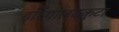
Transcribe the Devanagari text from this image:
इरिंगालक्कुटा